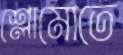
শ্লোমোতে